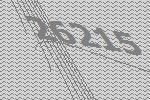
26215